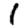
Digit: 1